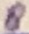
Text: 8